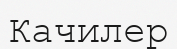
Качилер